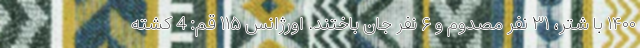
۱۴۰۰ با شتر، ۳۱ نفر مصدوم و ۶ نفر جان باختند. اورژانس ۱۱۵ قم: 4 کشته